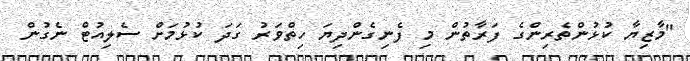
"މާޒިޔާ ކުޅުންތެރިންގެ ފަރާތުން މި ފެނިގެންދިޔަ ހިތްވަރު ގަދަ ކުޅުމަށް ސެލިއުޓް ނެގުން